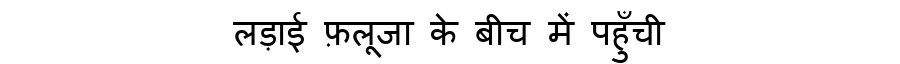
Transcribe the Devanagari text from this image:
लड़ाई फ़लूजा के बीच में पहुँची